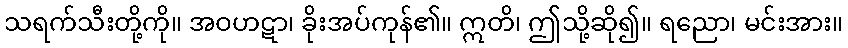
သရက်သီးတို့ကို။ အဝဟဋာ၊ ခိုးအပ်ကုန်၏။ ဣတိ၊ ဤသို့ဆို၍။ ရညော၊ မင်းအား။